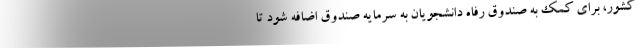
کشور، برای کمک به صندوق رفاه دانشجویان به سرمایه صندوق اضافه شود تا